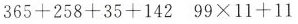
$$3 6 5 + 2 5 8 + 3 5 + 1 4 2$$ $$9 9 \times 1 1 + 1 1$$